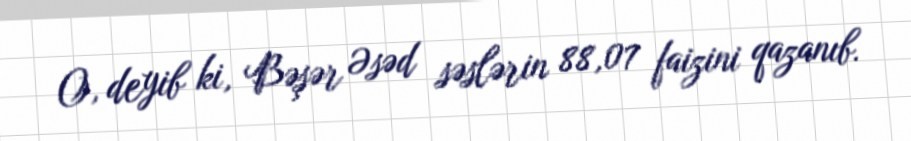
O, deyib ki, Bəşər Əsəd səslərin 88,07 faizini qazanıb.